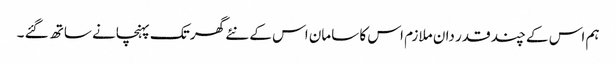
ہم اس کے چند قدر دان ملازم اس کا سامان اس کے نئے گھر تک پہنچانے ساتھ گئے ۔